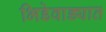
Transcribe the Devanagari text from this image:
भिडेवाड्यात